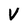
Character: V